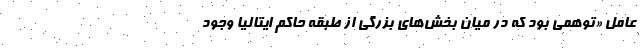
عامل «توهمی بود که در میان بخش‌های بزرگی از طبقه حاکم ایتالیا وجود